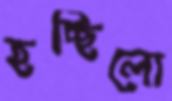
হচ্ছিলো